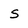
Character: s